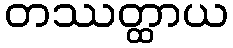
တဿတ္ထာယ